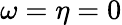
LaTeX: \omega=\eta=0